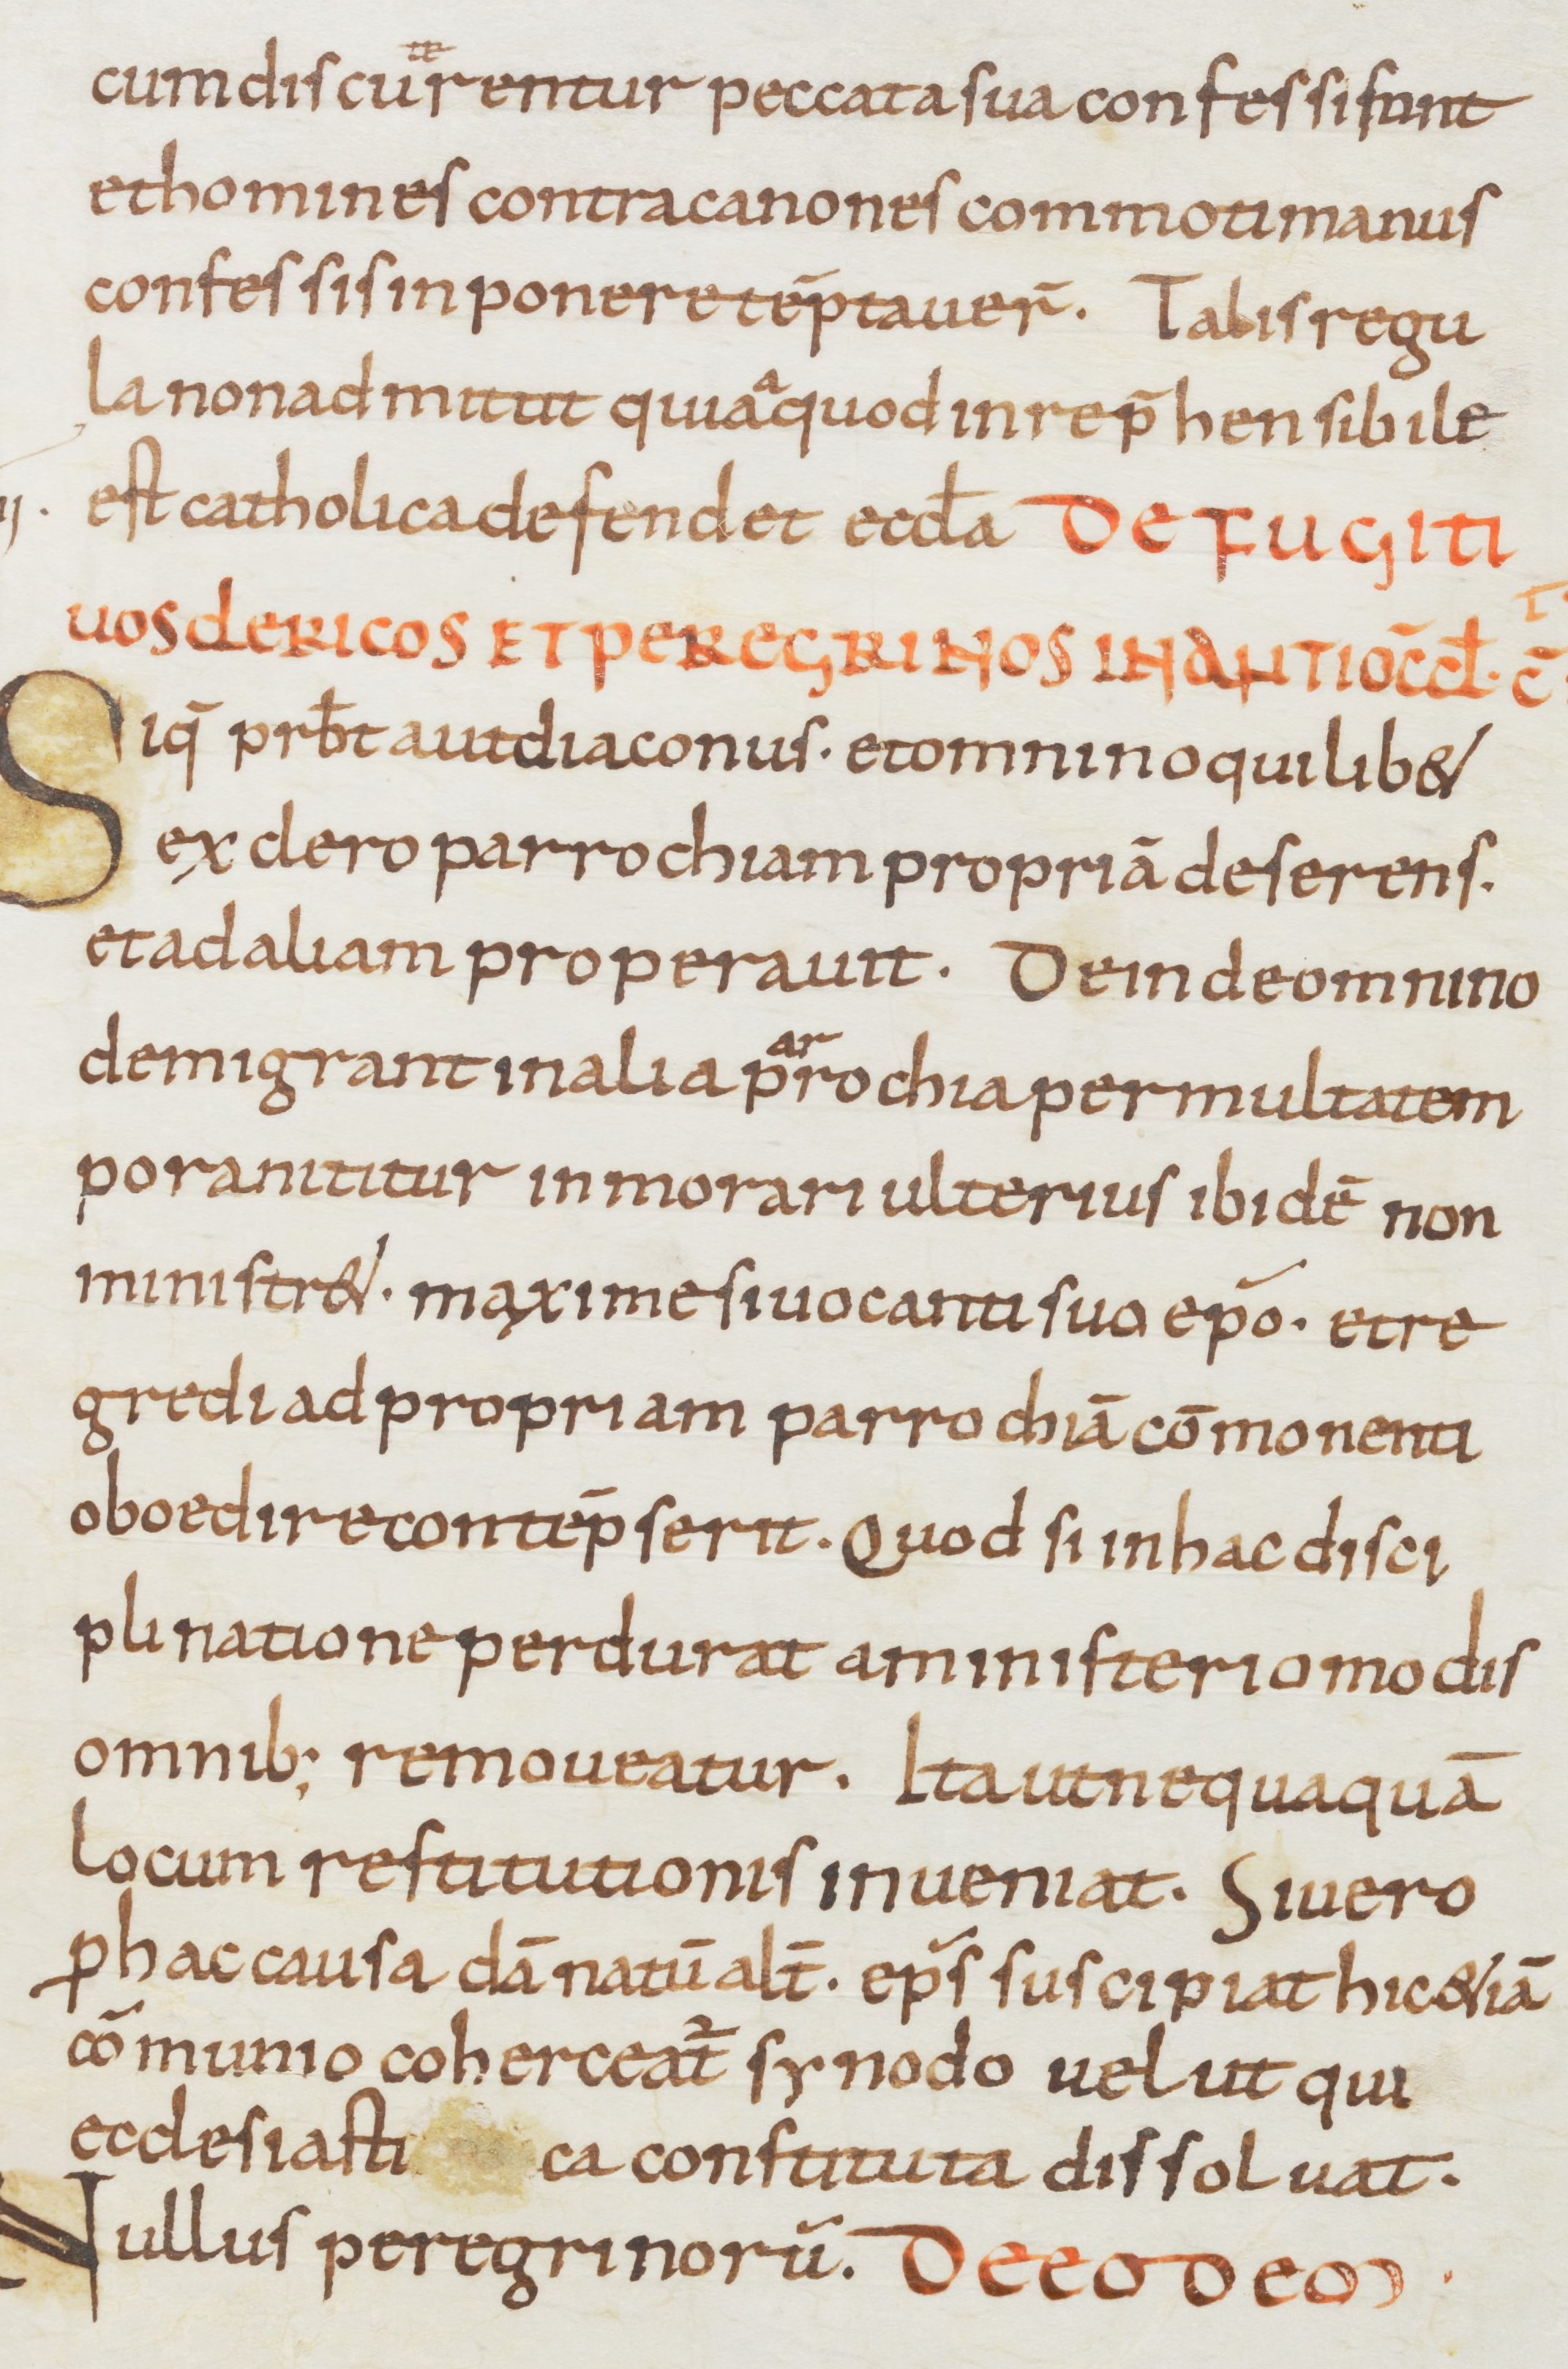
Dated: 900–999